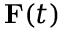
\mathbf { F } ( t )